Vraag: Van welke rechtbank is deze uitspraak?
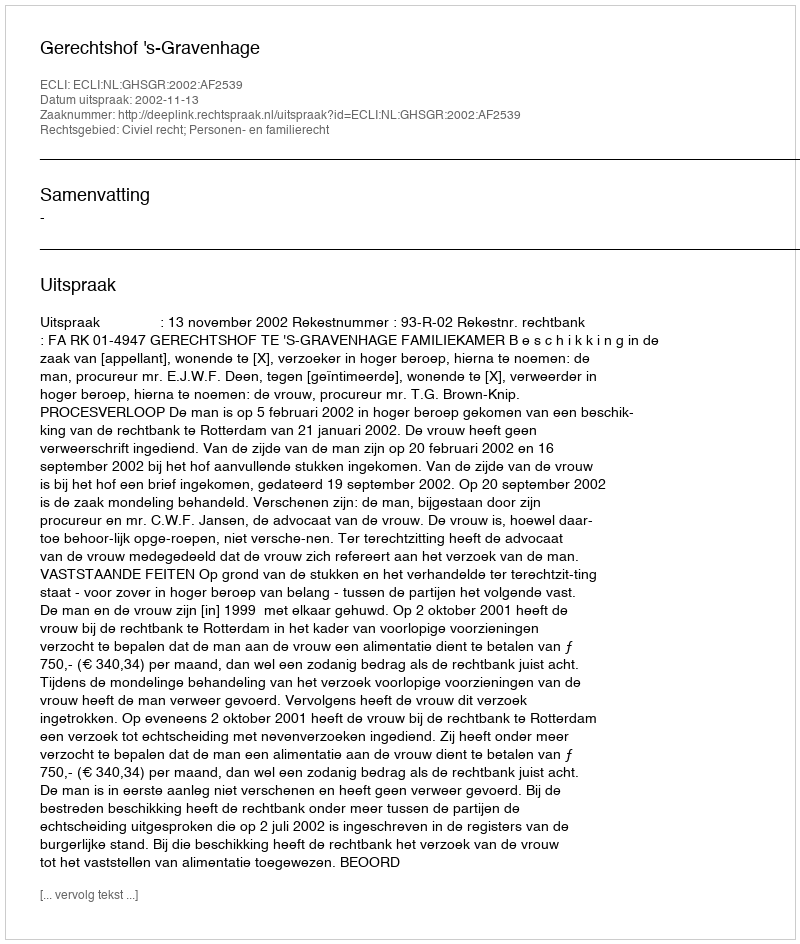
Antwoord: Gerechtshof 's-Gravenhage